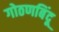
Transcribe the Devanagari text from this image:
गोठणबिंदू